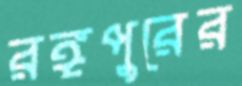
রঙ্গপুরের